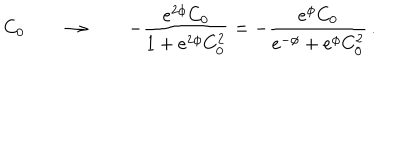
\, \, \, C _ { 0 } \qquad \rightarrow \qquad - \frac { e ^ { 2 \phi } C _ { 0 } } { 1 + e ^ { 2 \phi } C _ { 0 } ^ { 2 } } = - \frac { e ^ { \phi } C _ { 0 } } { e ^ { - \phi } + e ^ { \phi } C _ { 0 } ^ { 2 } } \, .